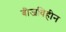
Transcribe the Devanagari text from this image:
बीजविहीन